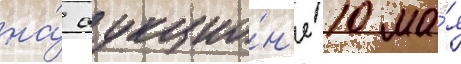
на́ аукцио́н'е 10 ма́я